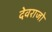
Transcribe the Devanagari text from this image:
देवराजो